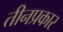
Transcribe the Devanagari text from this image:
तीनप्रकार